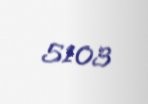
5103